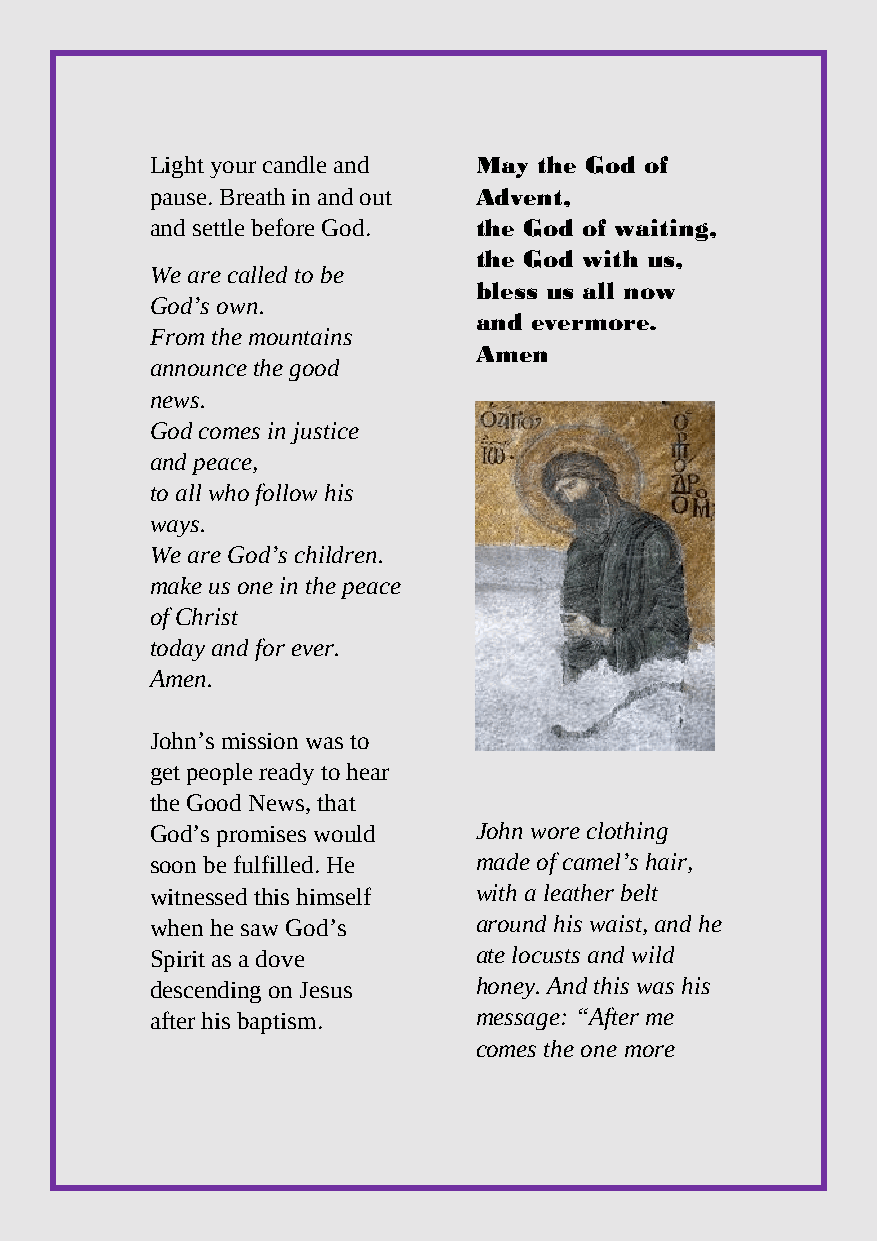
Light your candle and May the God of
 pause. Breath in and out Advent,
 and settle before God. the God of waiting,
 the God with us,
 We are called to be
 bless us all now
 God’s own.
 and evermore.
 From the mountains
 Amen
 announce the good
 news.
 God comes in justice
 and peace,
 to all who follow his
 ways.
 We are God’s children.
 make us one in the peace
 of Christ
 today and for ever.
 Amen.
 John’s mission was to
 get people ready to hear
 the Good News, that
 God’s promises would John wore clothing
 soon be fulfilled. He made of camel’s hair,
 witnessed this himself with a leather belt
 when he saw God’s    around his waist, and he
 Spirit as a dove     ate locusts and wild
 descending on Jesus  honey. And this was his
 after his baptism.   message: “After me
 comes the one more